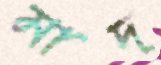
মাদ